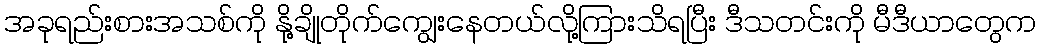
အခုရည်းစားအသစ်ကို နိုု့ချိုတိုက်ကျွေးနေတယ်လို့ကြားသိရပြီး ဒီသတင်းကို မီဒီယာတွေက